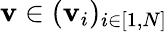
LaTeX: \mathbf v\in(\mathbf v_{i})_{i\in[1,N]}